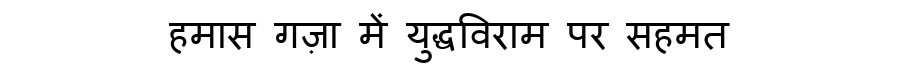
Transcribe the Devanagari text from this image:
हमास गज़ा में युद्धविराम पर सहमत